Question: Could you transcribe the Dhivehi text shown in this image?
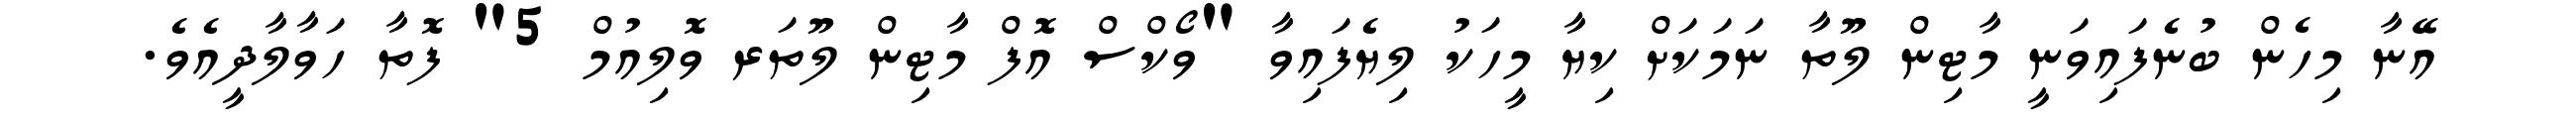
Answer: އޭނާ މިހެން ބުނެފައިވަނީ މާޓިން ލޫތާ ނަމަކަށް ކިޔާ މީހަކު ލިޔެފައިވާ "ވޯކްސް އޮފް މާޓިން ލޫތަރ ވޮލިއުމް 5" ފޮތާ ހަވާލާދީއެވެ.